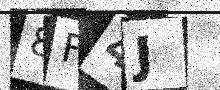
Text: 8F4J